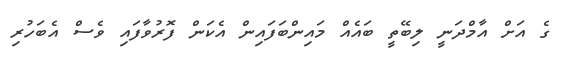
ގެ އަށް އާމްދަނީ ލިބޭތީ ބައެއް މައިންބަފައިން އެކަން ފޮރުވާފައި ވެސް އެބަހުރި